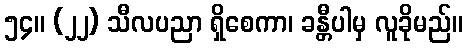
၅၄။ (၂၂) သီလပညာ ရှိစေကာ၊ ခန္တီပါမှ လူခိုမည်။